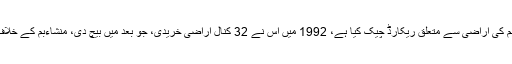
ڈی سی لاہور نے عدالت کو بتایا کہ ہم نے منشاء بم کی اراضی سے متعلق ریکارڈ چیک کیا ہے، 1992 میں اس نے 32 کنال اراضی خریدی، جو بعد میں بیچ دی، منشاءبم کے خلاف درخواست گزار کو قبضہ ایل ڈی اے کو دینا ہے۔